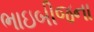
ભાઇબીજના